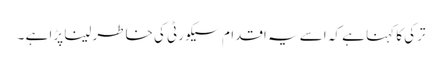
ترکی کا کہنا ہے کہ اسے یہ اقدام سیکورٹی کی خاطر لینا پڑا ہے ۔